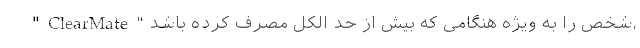
"ClearMate" شخص را به ویژه هنگامی که بیش از حد الکل مصرف کرده باشد،